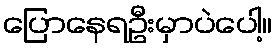
ပြောနေရဦးမှာပဲပေါ့။